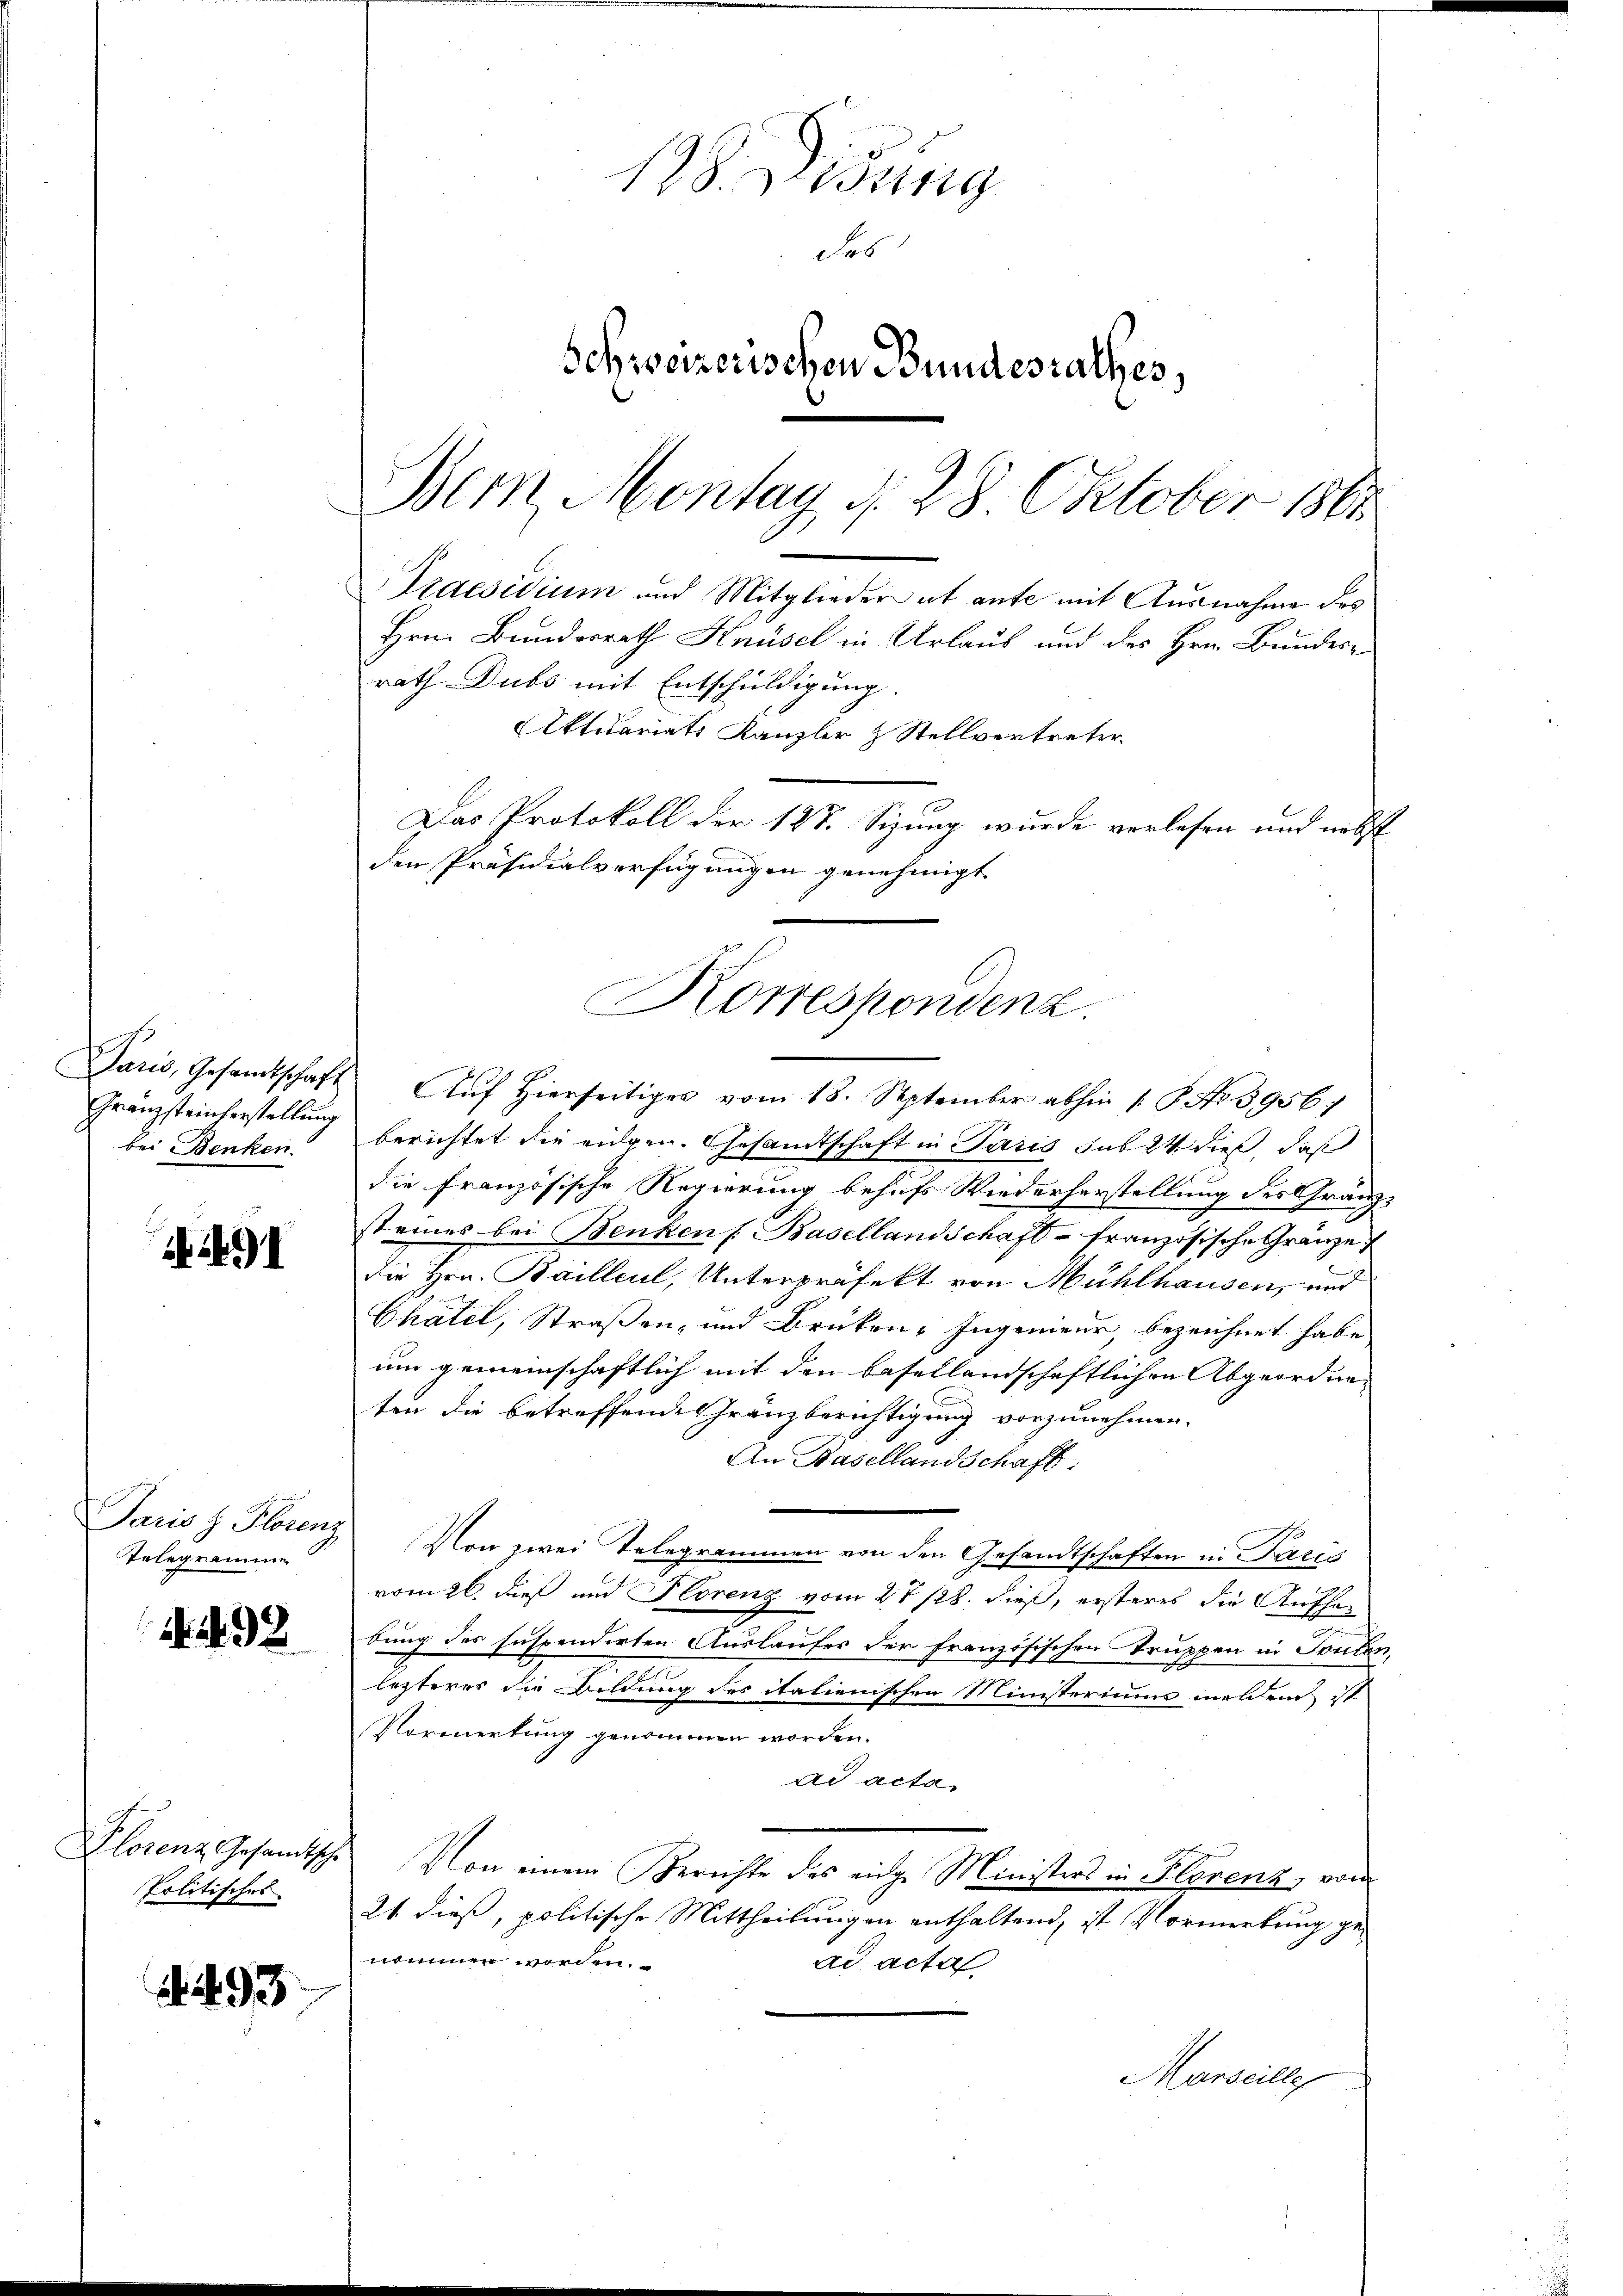
Paris, Gesandtschaft
bei Benken.

1491

Paris H. Florenz
Telegramme

4492

Plorenz Gesandtsche
Politisches

. 493

128. ung
des
Schweizerischen Bundesrathes,
Bern, Montag d. 28 Oktober 1861

Praesidium und Mitglieder ut ante mit Ausnahme des
rath Dubs mit Entschuldigung.
Aktuariats Kanzler & Stellvertreter
Das Protokoll der 127. Sizung wurde verlesen und nebst
den Präsidialverfügungen genehmigt

Korrespondenz.

Auf Hierseitiges vom 18. September abhin 1 P. No 3956;
Gränzsteinterstellung berichtet die eidgen. Gesandtschaft in Paris sub 24 dieß, daß
die französische Regierung behufs Wiederherstellung des Grauz-
st eines bei Benken (Basellandschaft - französische Gränze
die Hrn. Bailleul, Unterpräfekt von Mühlhausen, und
Chatel, Straßen- und Brüken- Ingenieur, bezeichnet habe,
um gemeinschaftlich mit den besellandschaftlichen Abgeordneten die betreffende Gränzberichtigung vorzunehmen.
An Basellandschaft
Von zwei Telegrammen von den Gesandtschaften in Paris
vom 26. dieß und Florenz vom 27 128. dieß, ersteres die Aufhedung des suspendirten Auslaufes der französischen Truppen in Touten
lezteres die Bildung des italienischen Ministerium melden ist
Normerkung genommen worden.
ad acta,
Von einem Berichte des eidge Ministers in Florenz, vom
21 dieß, politische Mittheilungen enthaltend, ist Vormerkung genommen worden.
ad acta
Marseille

Hrn. Bundesrath Knüsel in Urlaub und des Hrn. Bundes-